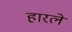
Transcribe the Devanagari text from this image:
हारले